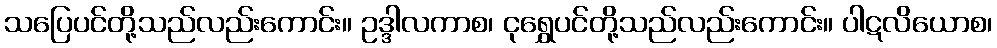
သပြေပင်တို့သည်လည်းကောင်း။ ဥဒ္ဒါလကာစ၊ ငုရွှေပင်တို့သည်လည်းကောင်း။ ပါဋလိယောစ၊